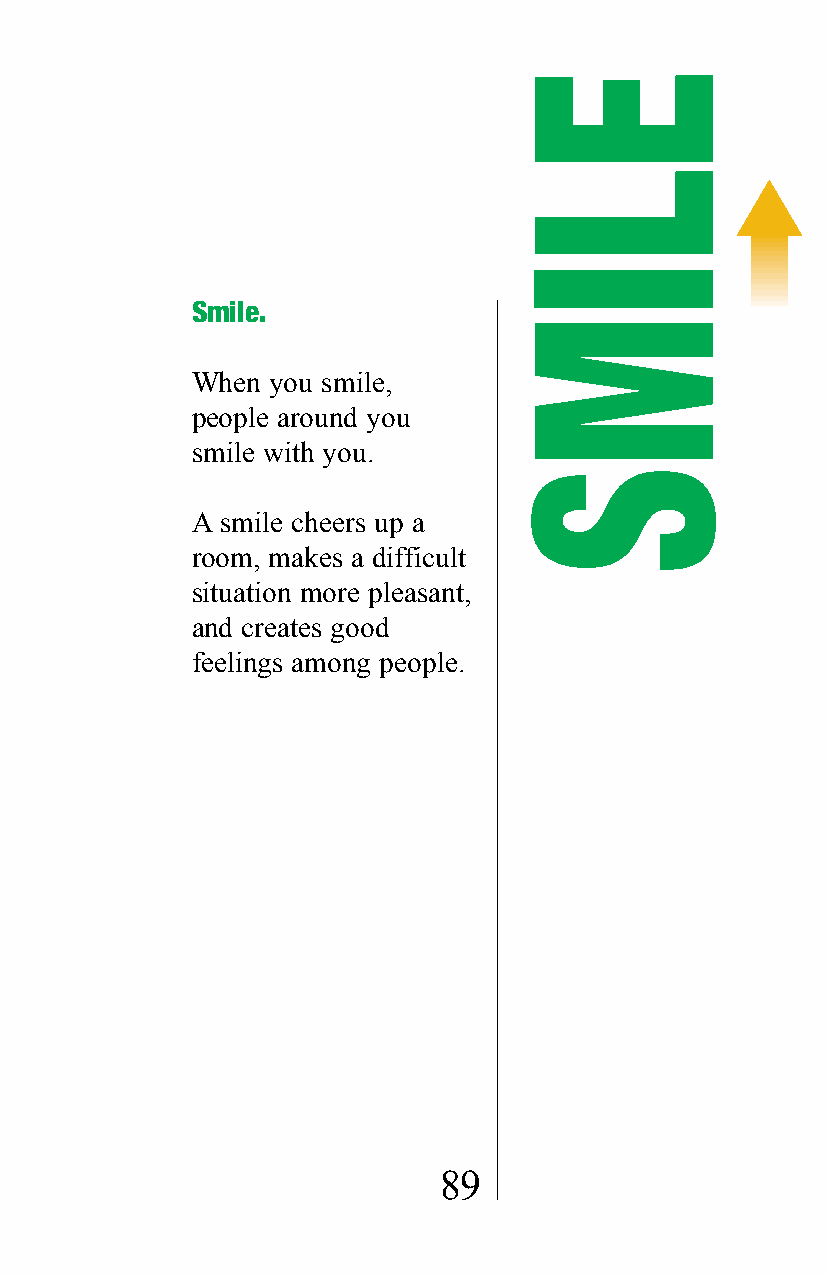
Smile.
 When you smile,
 people around you
 smile with you.
 A smile cheers up a
 room, makes a difficult
 situation more pleasant,
 and creates good
 feelings among people.
 89
 ELIMS